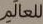
للعالم